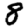
Digit: 8